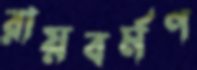
রায়বর্মণ